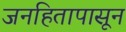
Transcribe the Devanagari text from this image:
जनहितापासून